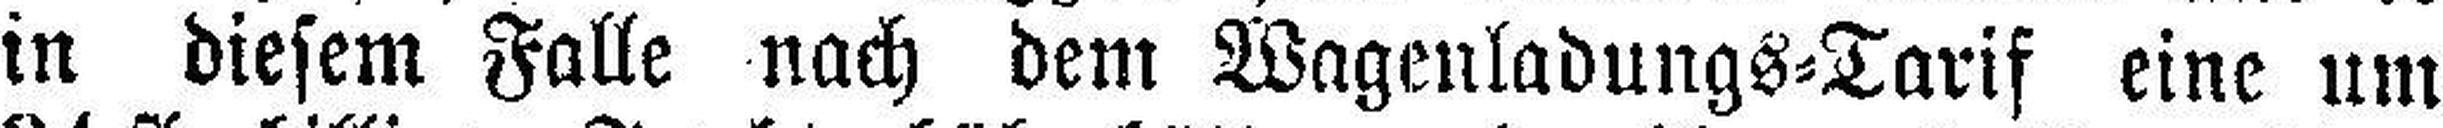
in diesem Falle nach dem Wagenladungs=Tarif eine um